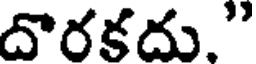
దొరకదు."